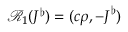
\mathcal { R } _ { 1 } ( J ^ { \flat } ) = ( c \rho , - \boldsymbol { J } ^ { \flat } )